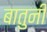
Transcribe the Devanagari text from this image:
बातुनी